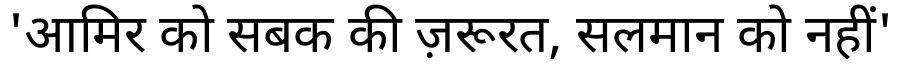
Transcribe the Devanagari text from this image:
'आमिर को सबक की ज़रूरत, सलमान को नहीं'